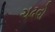
ચઢવો